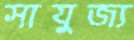
সাযুজ্য